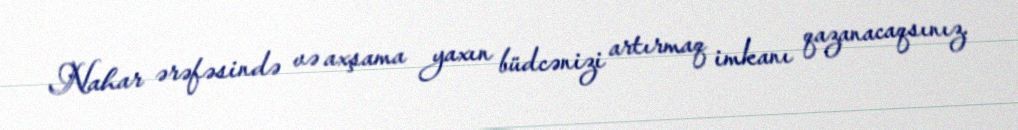
Nahar ərəfəsində və axşama yaxın büdcənizi artırmaq imkanı qazanacaqsınız.